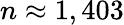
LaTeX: n\approx 1,403